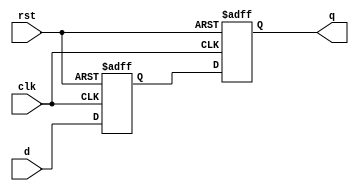
module dff_delay (
    input wire clk,
    input wire rst,
    input wire d,
    output reg q
);

reg d_delayed;

// Timing control and synchronization block
always @(posedge clk or negedge rst) begin
    if (~rst) begin
        d_delayed <= 1'b0; // Reset the delayed input signal
    end else begin
        // Add delay to the input signal
        #10 d_delayed <= d;
    end
end

// D flip-flop implementation with delayed input
always @(posedge clk or negedge rst) begin
    if (~rst) begin
        q <= 1'b0; // Reset output
    end else begin
        q <= d_delayed; // Latch the delayed input signal
    end
end

endmodule